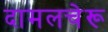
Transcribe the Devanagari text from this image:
दामलचेरू